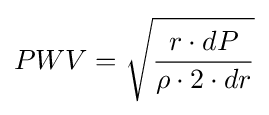
PWV={\sqrt {\frac {r\cdot dP}{\rho \cdot 2\cdot dr}}}